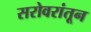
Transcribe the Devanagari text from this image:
सरोवरांतून